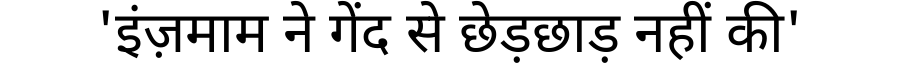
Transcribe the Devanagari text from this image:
'इंज़माम ने गेंद से छेड़छाड़ नहीं की'